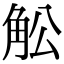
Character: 䚗